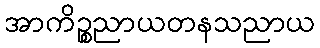
အာကိဉ္စညာယတနသညာယ